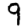
Digit: 9